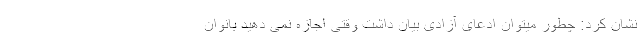
نشان کرد: چطور میتوان ادعای آزادی بیان داشت وقتی اجازه نمی دهید بانوان